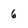
Character: 6